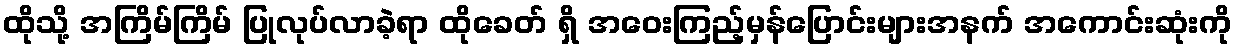
ထိုသို့ အကြိမ်ကြိမ် ပြုလုပ်လာခဲ့ရာ ထိုခေတ် ရှိ အဝေးကြည့်မှန်ပြောင်းများအနက် အကောင်းဆုံးကို